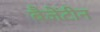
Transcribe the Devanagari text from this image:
बैजेंटीन